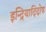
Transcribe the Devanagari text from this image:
इन्द्रियादिदोष